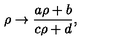
\rho \rightarrow \frac { a \rho + b } { c \rho + d } ,